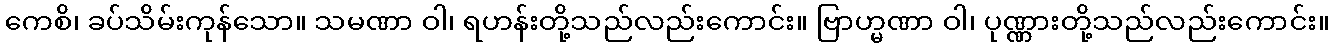
ကေစိ၊ ခပ်သိမ်းကုန်သော။ သမဏာ ဝါ၊ ရဟန်းတို့သည်လည်းကောင်း။ ဗြာဟ္မဏာ ဝါ၊ ပုဏ္ဏားတို့သည်လည်းကောင်း။